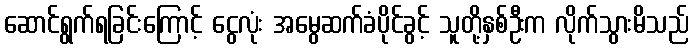
ဆောင်ရွက်ရခြင်းကြောင့် ငွေလုံး အမွေဆက်ခံပိုင်ခွင့် သူတို့နှစ်ဦးက လိုက်သွားမိသည်